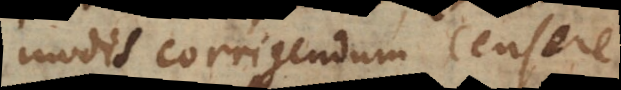
modis corrigendum censere